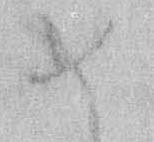
め